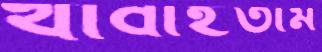
খাবাইতাম